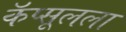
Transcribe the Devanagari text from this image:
कॅप्सूलला